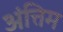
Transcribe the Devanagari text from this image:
अंत्तिम